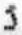
5